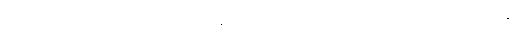
ယံ ယံ ဒေယျဓမ္မံ၊ ကို။ ပရေ ယာဝနကာ၊ တစ်ပါး သောယာစကာတို့သည်။ ယာစန္တိ၊